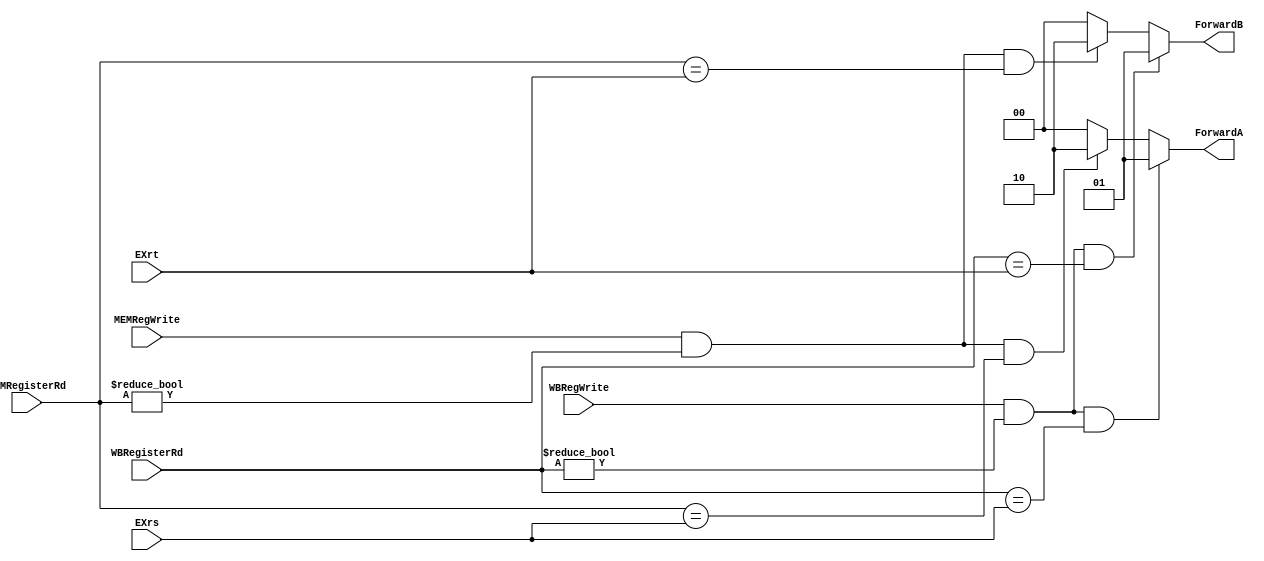
//this unit gives select signals to control the alu source
//this unit solves data hazards by forwarding 


/*
Data hazards when
1a. EX/MEM.RegisterRd = ID/EX.RegisterRs
1b. EX/MEM.RegisterRd = ID/EX.RegisterRt
2a. MEM/WB.RegisterRd = ID/EX.RegisterRs
2b. MEM/WB.RegisterRd = ID/EX.RegisterRt
*/

module forwardingUnit(ForwardA, ForwardB,MEMRegWrite, WBRegWrite,MEMRegisterRd,WBRegisterRd,EXrs,EXrt);
output reg [1:0] ForwardA, ForwardB; //to control the ALU source mux A & B
input MEMRegWrite, WBRegWrite; //control signals
input [4:0] MEMRegisterRd,WBRegisterRd,EXrs,EXrt; 

reg Aexp1,Aexp2,Bexp1,Bexp2;

always@(*) begin

ForwardA=2'b00;
ForwardB=2'b00;

//farward A
 Aexp1= (MEMRegWrite==1)&&(MEMRegisterRd != 0)&&(MEMRegisterRd==EXrs);//EX hazard
 Aexp2= (WBRegWrite==1)&&(WBRegisterRd != 0)&&(WBRegisterRd==EXrs);//MEM hazard

if (Aexp1)
	ForwardA=2'b10;
if  (Aexp2)
 ForwardA=2'b01;
 

//farward B
 Bexp1= (MEMRegWrite==1)&&(MEMRegisterRd != 0)&&(MEMRegisterRd==EXrt);//EX hazard
 Bexp2= (WBRegWrite==1)&&(WBRegisterRd != 0)&&(WBRegisterRd==EXrt);//MEM hazard

if (Bexp1)
	ForwardB=2'b10;
if  (Bexp2)
	ForwardB=2'b01;
	
end

endmodule